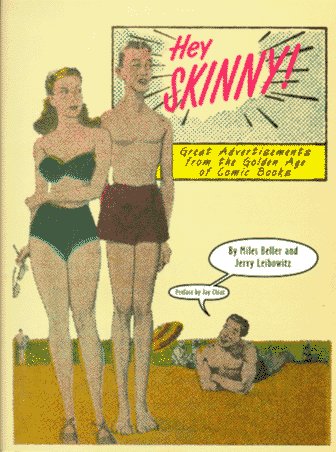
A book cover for Hey Skinny! Great Advertisements from the Golden Age of Comic Books; Miles Beller; Crafts, Hobbies & Home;